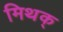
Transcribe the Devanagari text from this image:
मिथक्